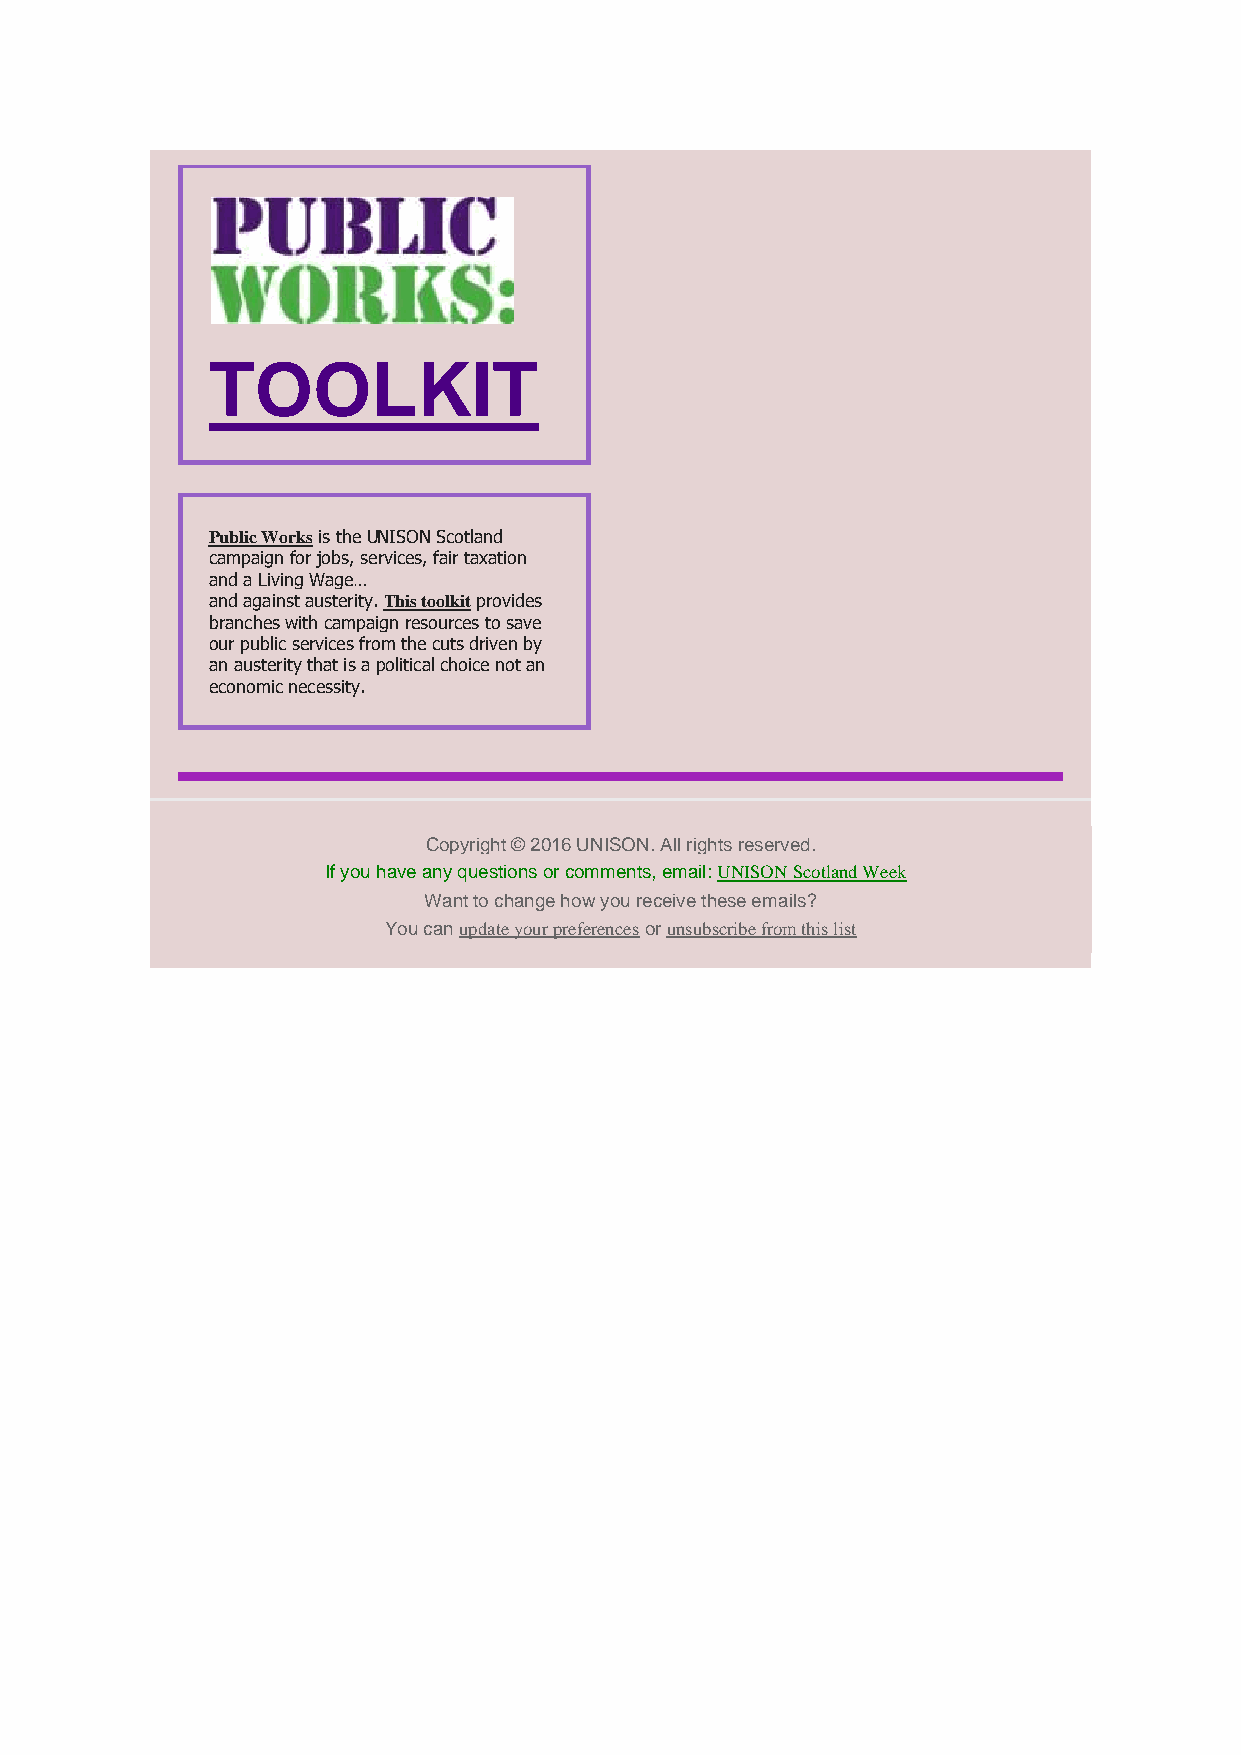
TOOLKIT
 Public Works is the UNISON Scotland
 campaign for jobs, services, fair taxation
 and a Living Wage…
 and against austerity. This toolkit provides
 branches with campaign resources to save
 our public services from the cuts driven by
 an austerity that is a political choice not an
 economic necessity.
 Copyright © 2016 UNISON. All rights reserved.
 If you have any questions or comments, email: UNISON Scotland Week
 Want to change how you receive these emails?
 You can update your preferences or unsubscribe from this list